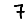
Digit: 7